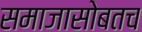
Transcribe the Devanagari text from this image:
समाजासोबतच